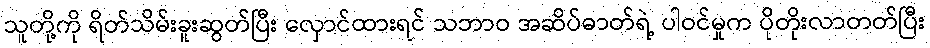
သူတို့ကို ရိတ်သိမ်းခူးဆွတ်ပြီး လှောင်ထားရင် သဘာဝ အဆိပ်ဓာတ်ရဲ့ ပါဝင်မှုက ပိုတိုးလာတတ်ပြီး